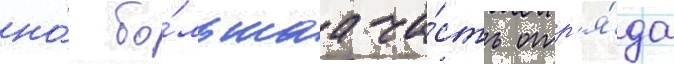
но́ бо́льшаа ча́сть отр'я́да